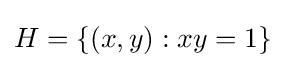
H=\{(x,y):xy=1\}